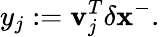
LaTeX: y_{j}:=\mathbf{v}_{j}^{T}\delta\mathbf{x}^{-}.